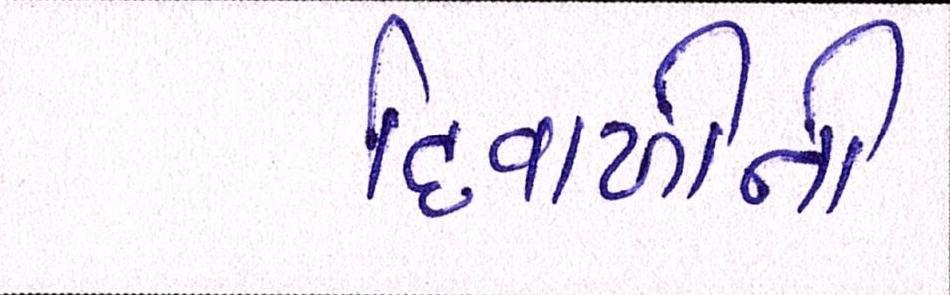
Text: દિવાળીની